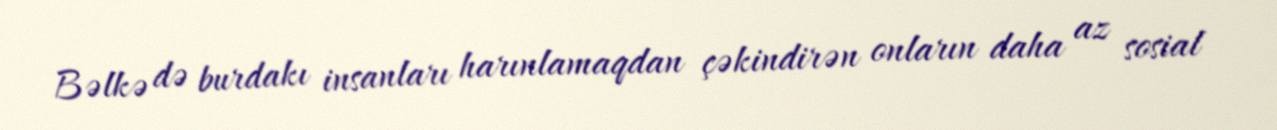
Bəlkə də burdakı insanları harınlamaqdan çəkindirən onların daha az sosial